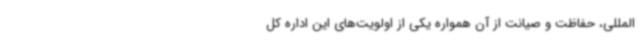
المللی، حفاظت و صیانت از آن همواره یکی از اولویت‌های این اداره کل